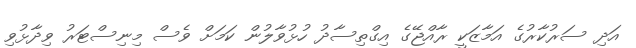
އަދި ސަރުކާރުގެ އަމާޒަކީ ރާއްޖޭގެ އިގްތިސާދު ހުޅުވާލުން ކަމަށް ވެސް މިނިސްޓަރު ވިދާޅުވި